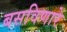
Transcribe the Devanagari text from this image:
बसविणारे